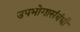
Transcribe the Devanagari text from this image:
उपभोगासंबंधी